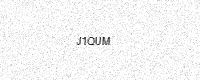
Text: J1QUM